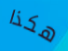
هكذا